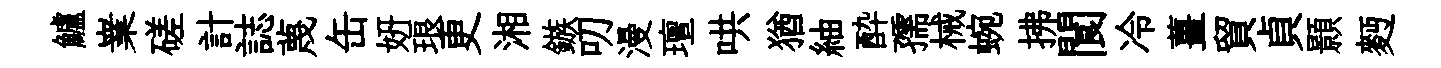
鱸嶪磋計誌蔑缶妍琅更湘鏃叨漫璮哄猶紬酔孺械蜿拂閬冷薑貿貞顥麪